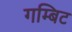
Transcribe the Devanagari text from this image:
गम्बिट